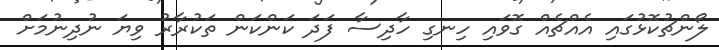
ލޯންޗުކޮޅުގައި އެއްޗެއް ގޮވައި ހިނގި ހާދިސާ ފަދަ ކަންކަން ތަކުރާރު ވިޔަ ނުދިނުމަށް